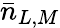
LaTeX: \bar{n}_{L,M}